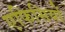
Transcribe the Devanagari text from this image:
एफिसियों